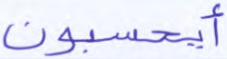
أيحسبون